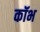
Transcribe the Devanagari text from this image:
कॉभ